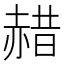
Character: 𫎯